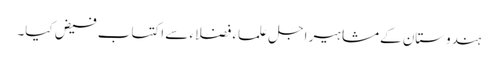
ہندوستان کےمشاہیر اجل علماء فضلاء سے اکتساب فیض کیا۔